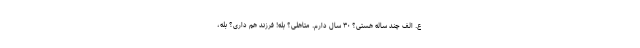
ع. الف چند ساله هستی؟ ۳۰ سال دارم. متاهلی؟ بله! فرزند هم داری؟ بله،